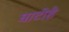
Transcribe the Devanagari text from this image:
घाटीहै